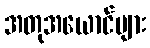
အတုအယောင်များ